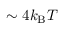
\sim 4 k _ { \mathrm { B } } T